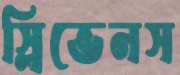
স্লিভেনস